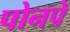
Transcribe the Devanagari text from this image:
पोनपे